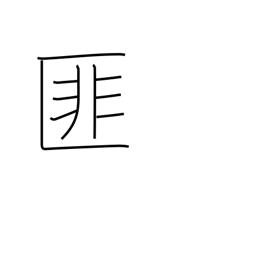
Meaning: negation